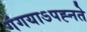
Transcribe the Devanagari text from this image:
गंगयाऽपह्नते